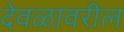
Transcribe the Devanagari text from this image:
देवळावरील